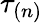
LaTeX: \tau_{(n)}